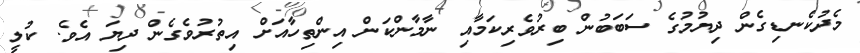
މެދުކެނޑިގެން ދިޔުމުގެ ސަބަބުން ބިރުވެރިކަމާއި ނާމާންކަން އިންތިހާއަށް އިތުރުވެގެން ދިޔަ އެވެ. ކުލީ